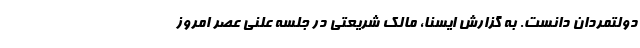
دولتمردان دانست. به گزارش ایسنا، مالک شریعتی در جلسه علنی عصر امروز